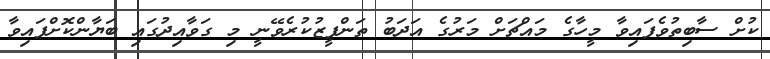
ކުށް ސާބިތުވެފައިވާ މީހާގެ މައްޗަށް މަރުގެ އަދަބު ތަންފީޒުކުރެވޭނީ މި ގަވާއިދުގައި ބަޔާންކޮށްފައިވާ